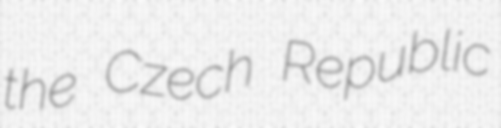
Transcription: the Czech Republic